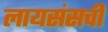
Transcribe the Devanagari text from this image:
लायसंसची